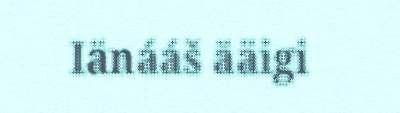
Iänááš ääigi